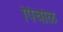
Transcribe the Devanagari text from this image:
पिचोळ